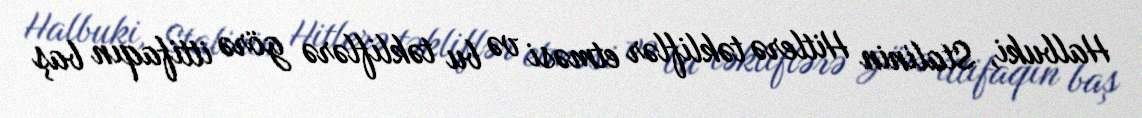
Halbuki, Stalinin Hitlerə təkliflər etməsi və bu təkliflərə görə ittifaqın baş